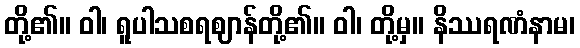
တို့၏။ ဝါ၊ ရူပါသစရဈာန်တို့၏။ ဝါ၊ တို့မှ။ နိဿရဏံနာမ၊